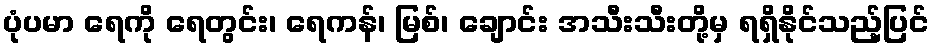
ပုံပမာ ရေကို ရေတွင်း၊ ရေကန်၊ မြစ်၊ ချောင်း အသီးသီးတို့မှ ရရှိနိုင်သည့်ပြင်